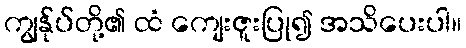
ကျွန်ုပ်တို့၏ ထံ ကျေးဇူးပြု၍ အသိပေးပါ။